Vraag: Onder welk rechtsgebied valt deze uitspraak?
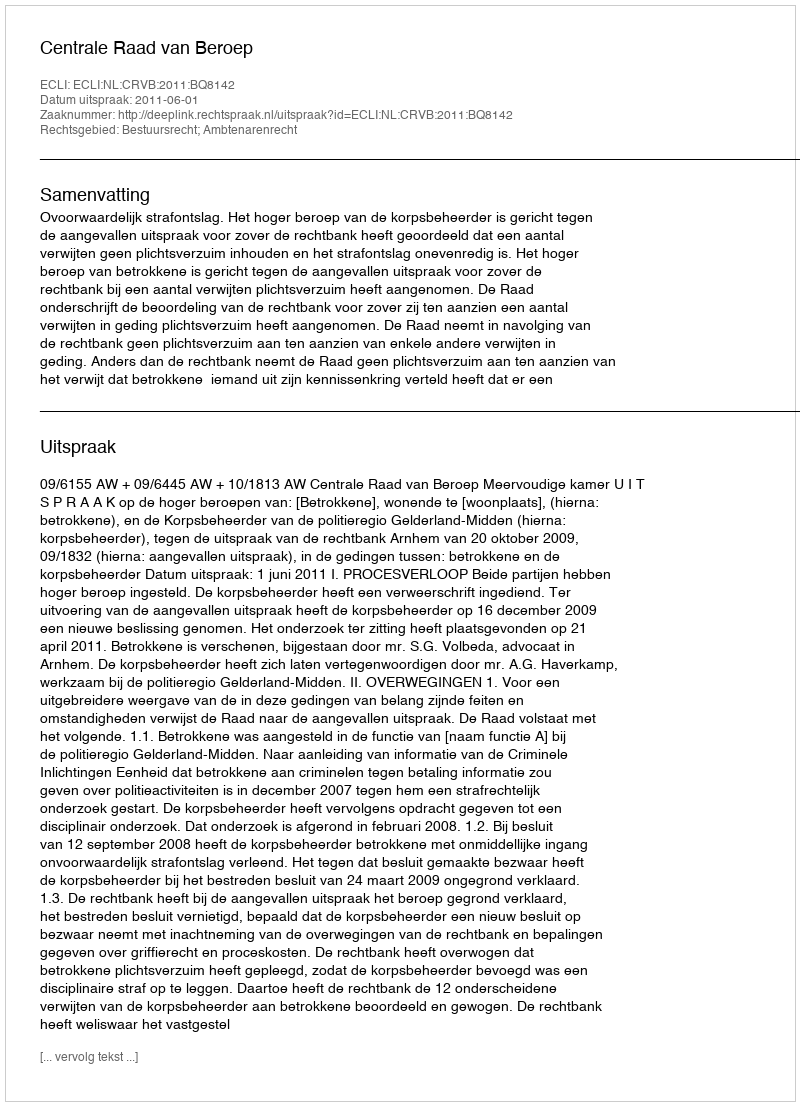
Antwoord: Bestuursrecht; Ambtenarenrecht